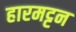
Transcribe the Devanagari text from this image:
हारमट्टन